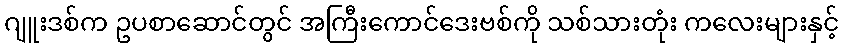
ဂျူးဒစ်က ဥပစာဆောင်တွင် အကြီးကောင်ဒေးဗစ်ကို သစ်သားတုံး ကလေးများနှင့်